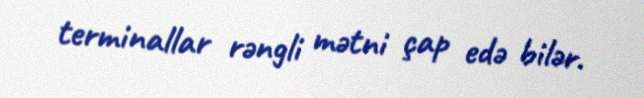
terminallar rəngli mətni çap edə bilər.